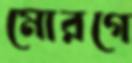
মোরগে